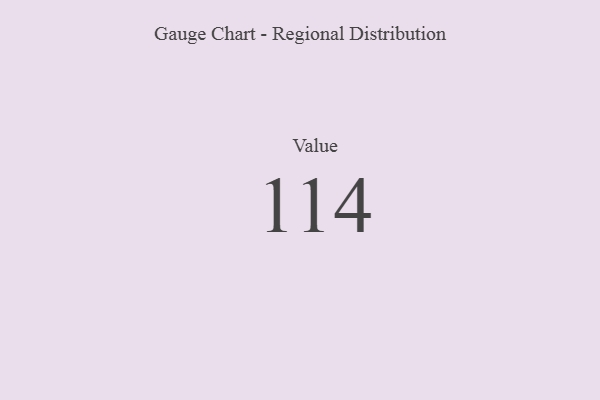
{"axis": {"x": "Metric", "y": "Value"}, "legend": [""], "data": [{"x": "Value", "y": 114, "type": ""}]}